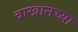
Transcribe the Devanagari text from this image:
वाखानच्या